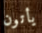
يأتون